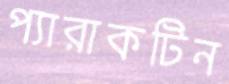
প্যারাকটিন